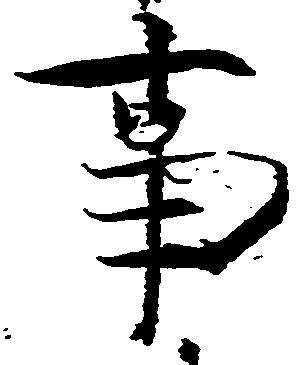
事